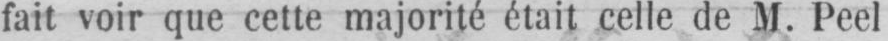
fait voir que cette majorité était celle de M. Peel